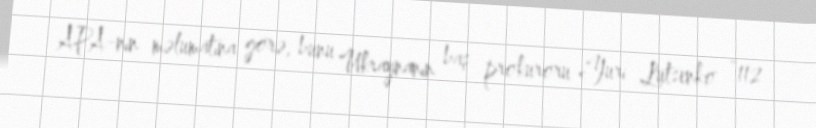
APA-nın məlumatına görə, bunu Ukraynanın baş prokuroru Yuri Lutsenko “112